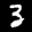
Label: 3